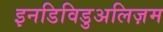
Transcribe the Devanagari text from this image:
इनडिविडुअलिज़म